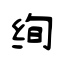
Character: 绚